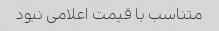
متناسب با قیمت اعلامی نبود